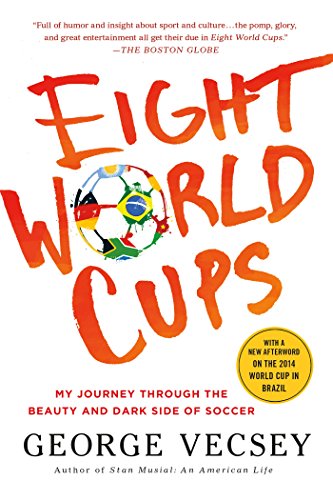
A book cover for Eight World Cups: My Journey through the Beauty and Dark Side of Soccer; George Vecsey; Biographies & Memoirs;